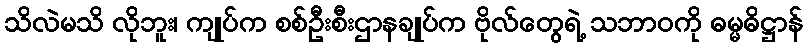
သိလဲမသိ လိုဘူး၊ ကျုပ်က စစ်ဦးစီးဌာနချုပ်က ဗိုလ်တွေရဲ့ သဘာဝကို ဓမ္မဓိဋ္ဌာန်